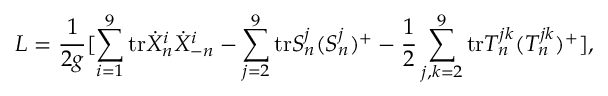
{ \cal L } = \frac { 1 } { 2 g } [ \sum _ { i = 1 } ^ { 9 } \mathrm { t r } \dot { X } _ { n } ^ { i } \dot { X } _ { - n } ^ { i } - \sum _ { j = 2 } ^ { 9 } \mathrm { t r } S _ { n } ^ { j } ( S _ { n } ^ { j } ) ^ { + } - \frac { 1 } { 2 } \sum _ { j , k = 2 } ^ { 9 } \mathrm { t r } T _ { n } ^ { j k } ( T _ { n } ^ { j k } ) ^ { + } ] ,